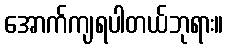
အောက်ကျရပါတယ်ဘုရား။